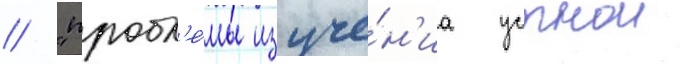
/ "пробл'е́мы изуче́н'иа устнои